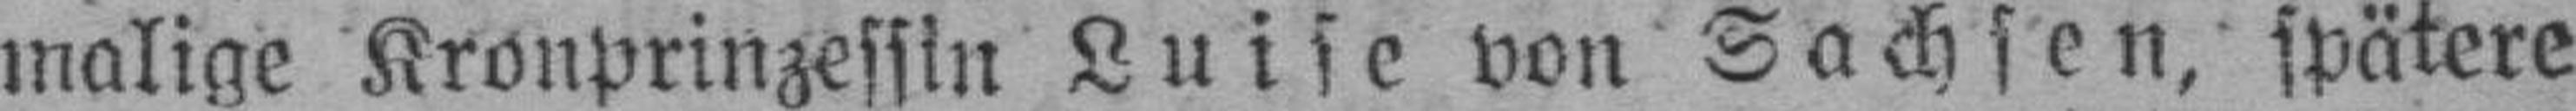
malige Kronprinzessin Luise von Sachsen, spätere